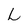
Character: L